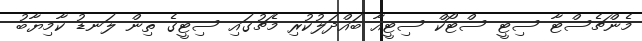
މެންޗެސްޓާ ސިޓީ ސްޓޯކް ސިޓީއާ ބައްދަލުކުރި މެޗުގައި ސިޓީގެ ތިން ލަނޑު ކާމިޔާބު